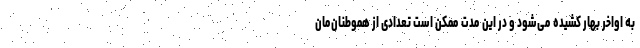
به اواخر بهار کشیده می‌شود و در این مدت ممکن است تعدادی از هموطنان‌مان